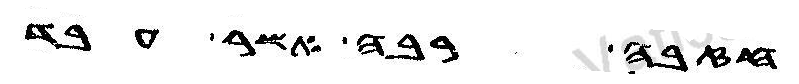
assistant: חזבה רבה אשר דעבד